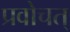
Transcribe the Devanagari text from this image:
प्रवोचत्